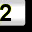
Digit: 2